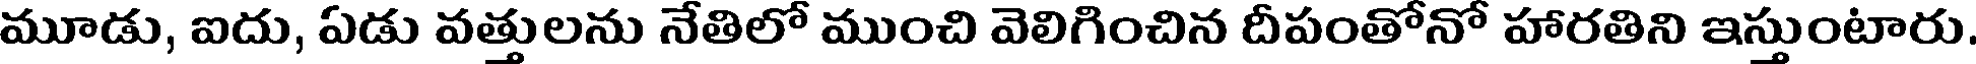
మూడు, ఐదు, ఏడు వత్తులను నేతిలో ముంచి వెలిగించిన దీపంతోనో హారతిని ఇస్తుంటారు